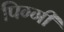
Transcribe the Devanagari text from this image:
पिग्गी